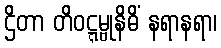
ဌိတာ တိဝဋ္ဋမ္ဗုနိဓိံ နရာနရာ၊